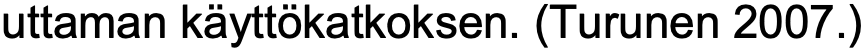
uttaman käyttökatkoksen. (Turunen 2007.)